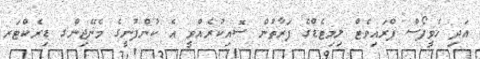
އަދި ހެވީފޯސް ޕްރައިވެޓް ލިމިޓެޑްގެ ފަރާތުން ސޮއިކުރެއްވީ އެ ކުންފުނީގެ މެނޭޖިންގ ޑިރެކްޓަރ